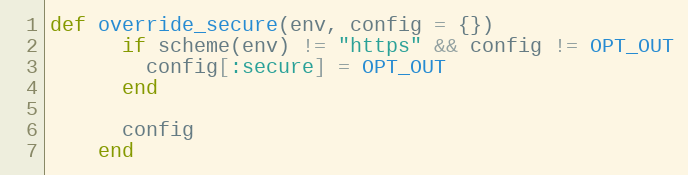
Language: Ruby
def override_secure(env, config = {})
      if scheme(env) != "https" && config != OPT_OUT
        config[:secure] = OPT_OUT
      end

      config
    end